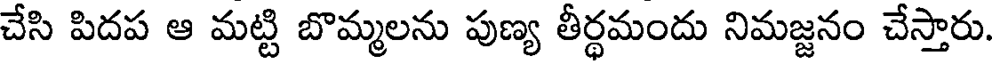
చేసి పిదప ఆ మట్టి బొమ్మలను పుణ్య తీర్థమందు నిమజ్జనం చేస్తారు.